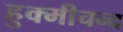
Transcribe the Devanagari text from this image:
हुक्मीचन्द